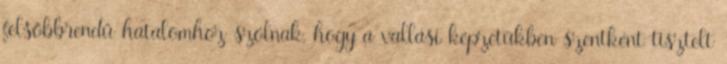
felsőbbrendű hatalomhoz szólnak, hogy a vallási képzetükben szentként tisztelt